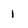
Character: 1